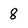
Character: 8